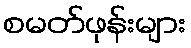
စမတ်ဖုန်းများ